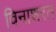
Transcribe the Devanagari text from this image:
विनाशरत